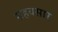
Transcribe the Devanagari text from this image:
सहयसार